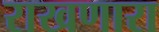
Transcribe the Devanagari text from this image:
राखणारा